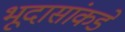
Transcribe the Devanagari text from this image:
भूदासांकडे